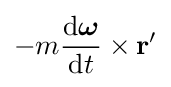
-m{\frac {\mathrm {d} {\boldsymbol {\omega }}}{\mathrm {d} t}}\times \mathbf {r} '